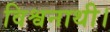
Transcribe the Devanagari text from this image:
विश्वनाथी।